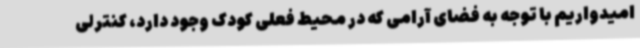
امیدواریم با توجه به فضای آرامی که در محیط فعلی کودک وجود دارد، کنترلی